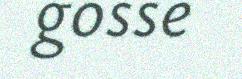
gosse